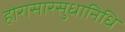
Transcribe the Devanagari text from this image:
होरासारसुधानिधि